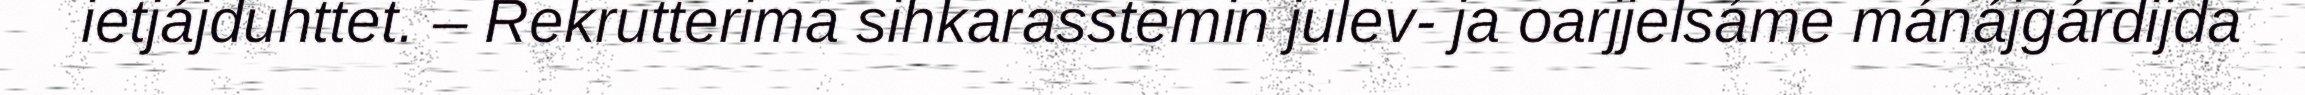
ietjájduhttet. – Rekrutterima sihkarasstemin julev- ja oarjjelsáme mánájgárdijda